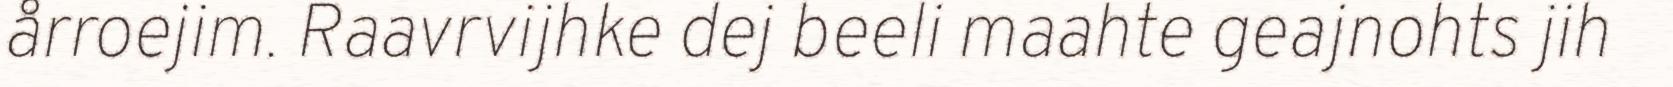
årroejim. Raavrvijhke dej beeli maahte geajnohts jih